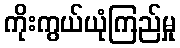
ကိုးကွယ်ယုံကြည်မှု